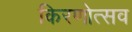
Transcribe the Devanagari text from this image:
किरणोत्सव